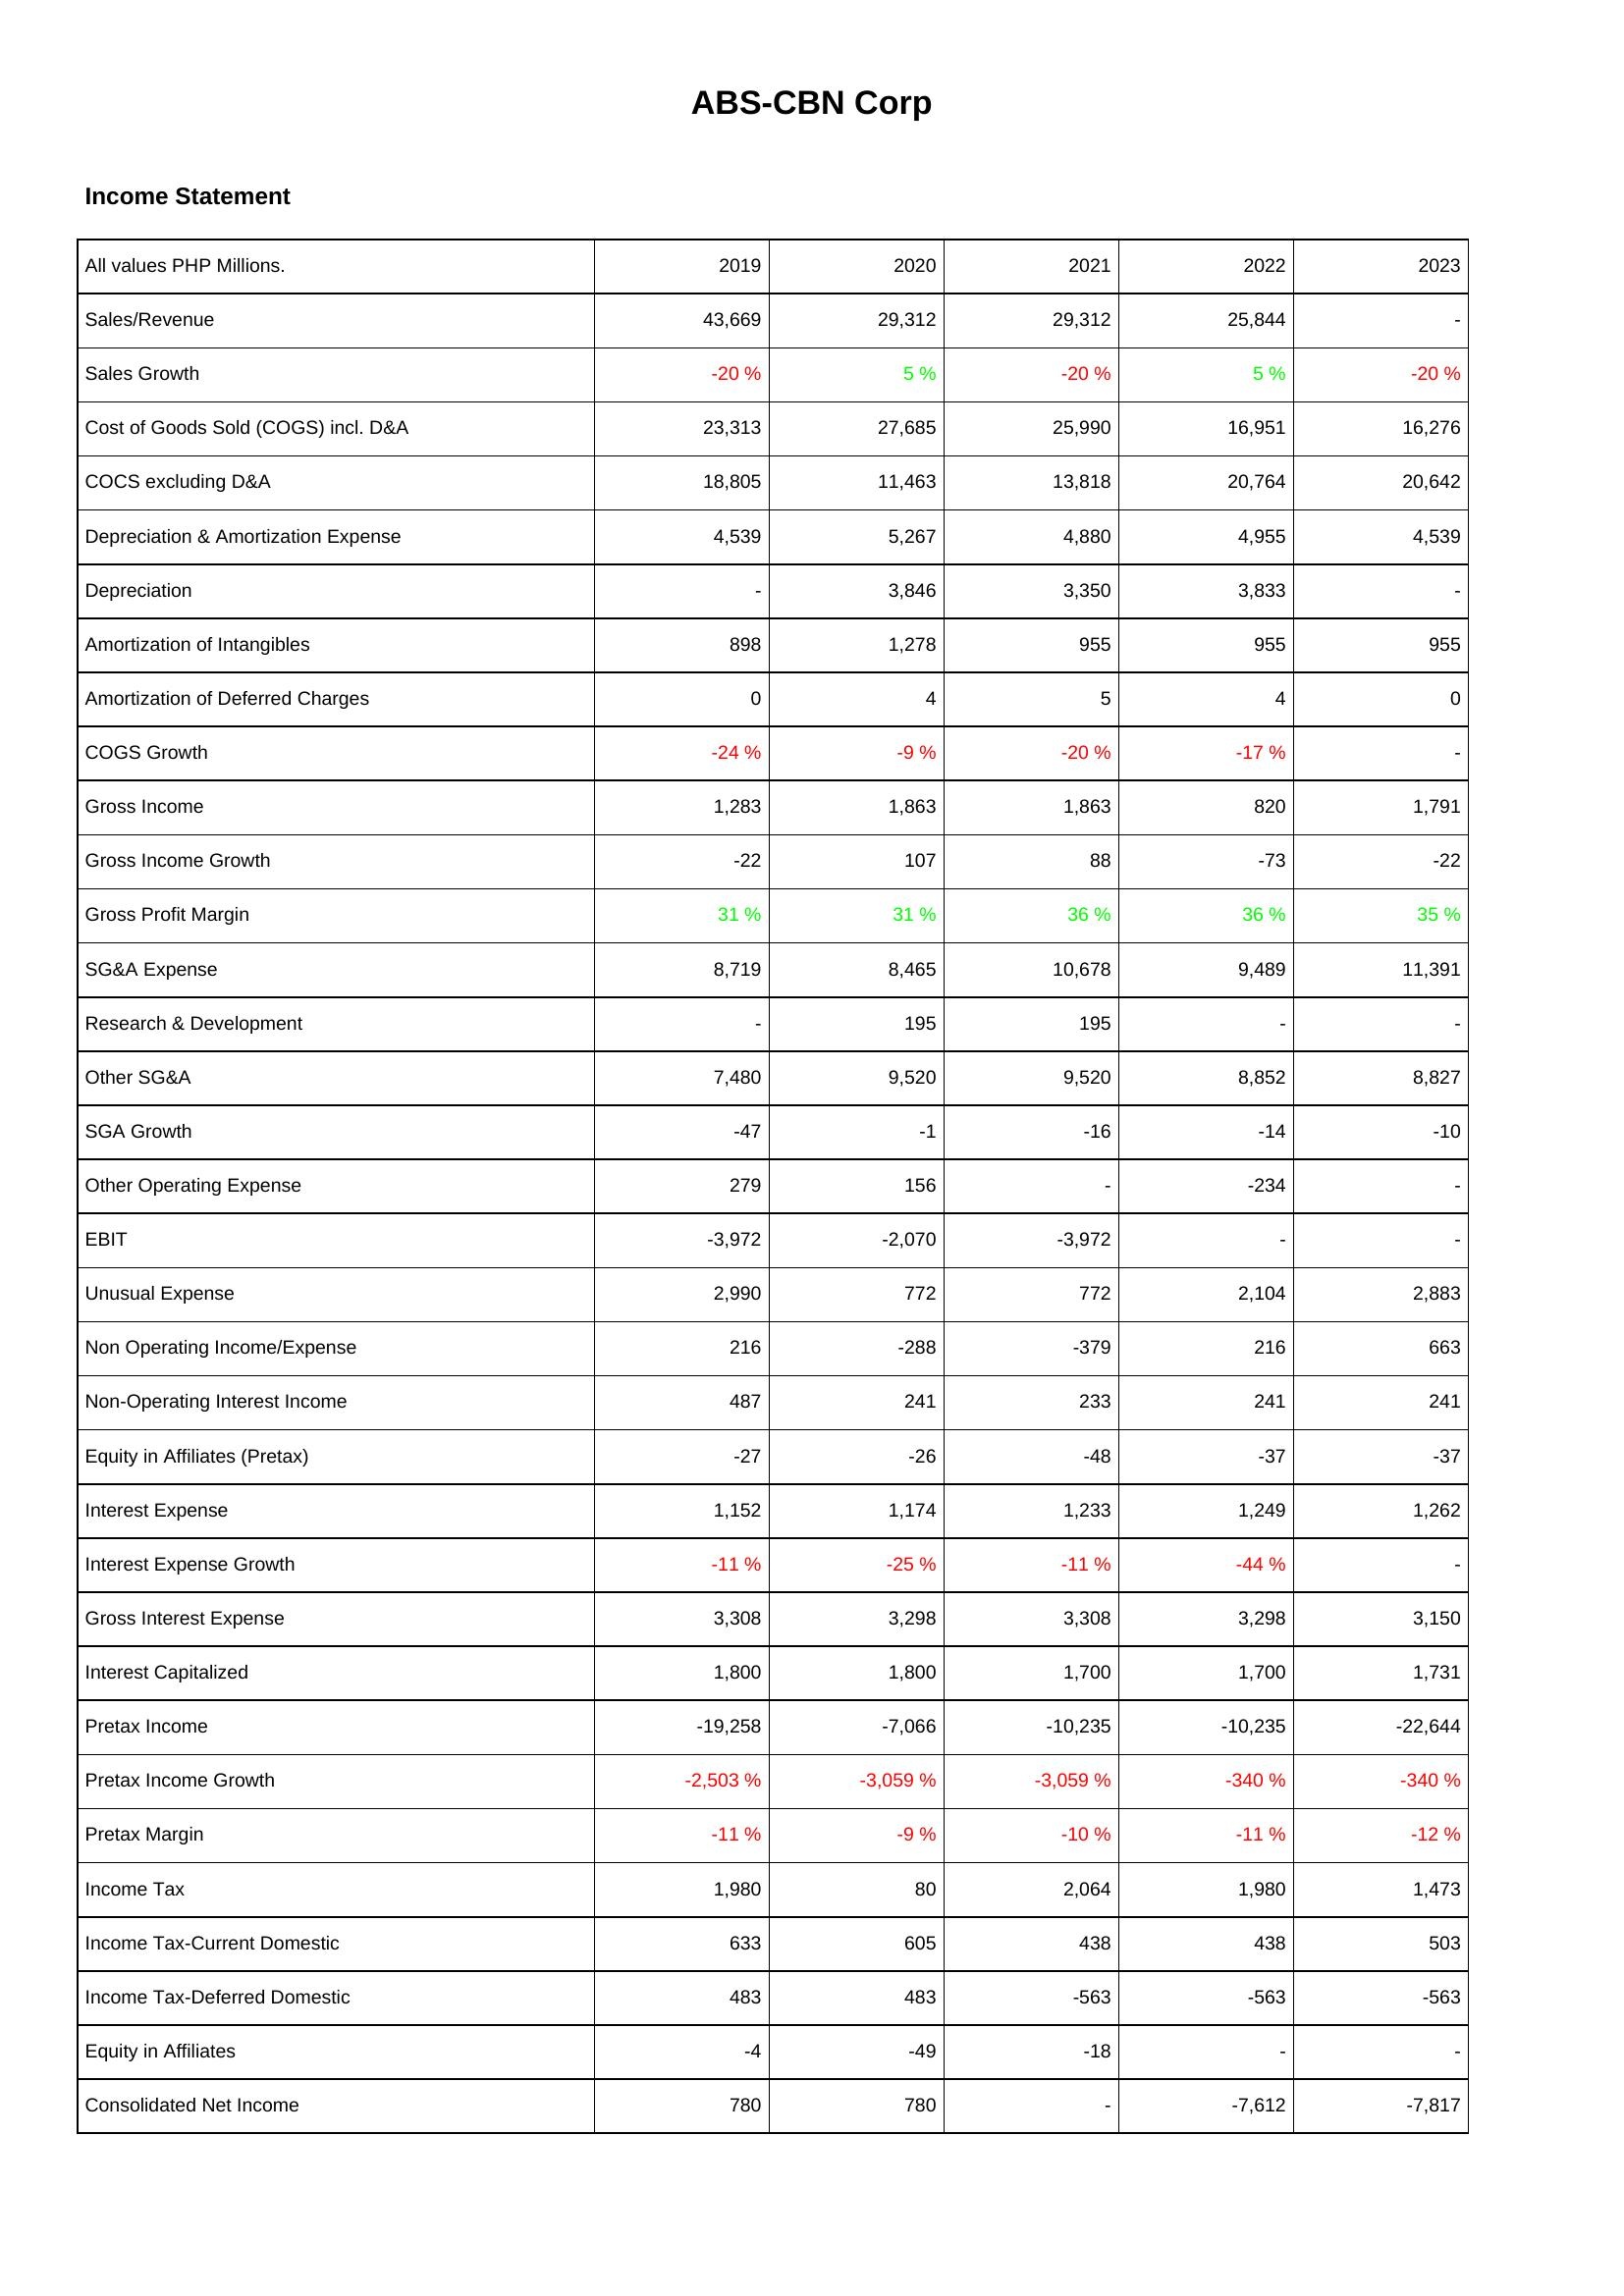
2019: Income Statement: Sales/Revenue: 43,669
Sales Growth: -20 %
Cost of Goods Sold (COGS) incl. D&A: 23,313
COCS excluding D&A: 18,805
Depreciation & Amortization Expense: 4,539
Depreciation: -
Amortization of Intangibles: 898
Amortization of Deferred Charges: 0
COGS Growth: -24 %
Gross Income: 1,283
Gross Income Growth: -22
Gross Profit Margin: 31 %
SG&A Expense: 8,719
Research & Development: -
Other SG&A: 7,480
SGA Growth: -47
Other Operating Expense: 279
EBIT: -3,972
Unusual Expense: 2,990
Non Operating Income/Expense: 216
Non-Operating Interest Income: 487
Equity in Affiliates (Pretax): -27
Interest Expense: 1,152
Interest Expense Growth: -11 %
Gross Interest Expense: 3,308
Interest Capitalized: 1,800
Pretax Income: -19,258
Pretax Income Growth: -2,503 %
Pretax Margin: -11 %
Income Tax: 1,980
Income Tax-Current Domestic: 633
Income Tax-Deferred Domestic: 483
Equity in Affiliates: -4
Consolidated Net Income: 780
2020: Income Statement: Sales/Revenue: 29,312
Sales Growth: 5 %
Cost of Goods Sold (COGS) incl. D&A: 27,685
COCS excluding D&A: 11,463
Depreciation & Amortization Expense: 5,267
Depreciation: 3,846
Amortization of Intangibles: 1,278
Amortization of Deferred Charges: 4
COGS Growth: -9 %
Gross Income: 1,863
Gross Income Growth: 107
Gross Profit Margin: 31 %
SG&A Expense: 8,465
Research & Development: 195
Other SG&A: 9,520
SGA Growth: -1
Other Operating Expense: 156
EBIT: -2,070
Unusual Expense: 772
Non Operating Income/Expense: -288
Non-Operating Interest Income: 241
Equity in Affiliates (Pretax): -26
Interest Expense: 1,174
Interest Expense Growth: -25 %
Gross Interest Expense: 3,298
Interest Capitalized: 1,800
Pretax Income: -7,066
Pretax Income Growth: -3,059 %
Pretax Margin: -9 %
Income Tax: 80
Income Tax-Current Domestic: 605
Income Tax-Deferred Domestic: 483
Equity in Affiliates: -49
Consolidated Net Income: 780
2021: Income Statement: Sales/Revenue: 29,312
Sales Growth: -20 %
Cost of Goods Sold (COGS) incl. D&A: 25,990
COCS excluding D&A: 13,818
Depreciation & Amortization Expense: 4,880
Depreciation: 3,350
Amortization of Intangibles: 955
Amortization of Deferred Charges: 5
COGS Growth: -20 %
Gross Income: 1,863
Gross Income Growth: 88
Gross Profit Margin: 36 %
SG&A Expense: 10,678
Research & Development: 195
Other SG&A: 9,520
SGA Growth: -16
Other Operating Expense: -
EBIT: -3,972
Unusual Expense: 772
Non Operating Income/Expense: -379
Non-Operating Interest Income: 233
Equity in Affiliates (Pretax): -48
Interest Expense: 1,233
Interest Expense Growth: -11 %
Gross Interest Expense: 3,308
Interest Capitalized: 1,700
Pretax Income: -10,235
Pretax Income Growth: -3,059 %
Pretax Margin: -10 %
Income Tax: 2,064
Income Tax-Current Domestic: 438
Income Tax-Deferred Domestic: -563
Equity in Affiliates: -18
Consolidated Net Income: -
2022: Income Statement: Sales/Revenue: 25,844
Sales Growth: 5 %
Cost of Goods Sold (COGS) incl. D&A: 16,951
COCS excluding D&A: 20,764
Depreciation & Amortization Expense: 4,955
Depreciation: 3,833
Amortization of Intangibles: 955
Amortization of Deferred Charges: 4
COGS Growth: -17 %
Gross Income: 820
Gross Income Growth: -73
Gross Profit Margin: 36 %
SG&A Expense: 9,489
Research & Development: -
Other SG&A: 8,852
SGA Growth: -14
Other Operating Expense: -234
EBIT: -
Unusual Expense: 2,104
Non Operating Income/Expense: 216
Non-Operating Interest Income: 241
Equity in Affiliates (Pretax): -37
Interest Expense: 1,249
Interest Expense Growth: -44 %
Gross Interest Expense: 3,298
Interest Capitalized: 1,700
Pretax Income: -10,235
Pretax Income Growth: -340 %
Pretax Margin: -11 %
Income Tax: 1,980
Income Tax-Current Domestic: 438
Income Tax-Deferred Domestic: -563
Equity in Affiliates: -
Consolidated Net Income: -7,612
2023: Income Statement: Sales/Revenue: -
Sales Growth: -20 %
Cost of Goods Sold (COGS) incl. D&A: 16,276
COCS excluding D&A: 20,642
Depreciation & Amortization Expense: 4,539
Depreciation: -
Amortization of Intangibles: 955
Amortization of Deferred Charges: 0
COGS Growth: -
Gross Income: 1,791
Gross Income Growth: -22
Gross Profit Margin: 35 %
SG&A Expense: 11,391
Research & Development: -
Other SG&A: 8,827
SGA Growth: -10
Other Operating Expense: -
EBIT: -
Unusual Expense: 2,883
Non Operating Income/Expense: 663
Non-Operating Interest Income: 241
Equity in Affiliates (Pretax): -37
Interest Expense: 1,262
Interest Expense Growth: -
Gross Interest Expense: 3,150
Interest Capitalized: 1,731
Pretax Income: -22,644
Pretax Income Growth: -340 %
Pretax Margin: -12 %
Income Tax: 1,473
Income Tax-Current Domestic: 503
Income Tax-Deferred Domestic: -563
Equity in Affiliates: -
Consolidated Net Income: -7,817